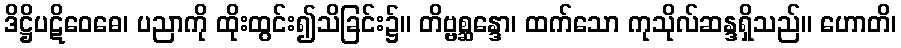
ဒိဋ္ဌိပဋိဝေဓေ၊ ပညာကို ထိုးထွင်း၍သိခြင်း၌။ တိဗ္ဗစ္ဆန္ဒော၊ ထက်သော ကုသိုလ်ဆန္ဒရှိသည်။ ဟောတိ၊